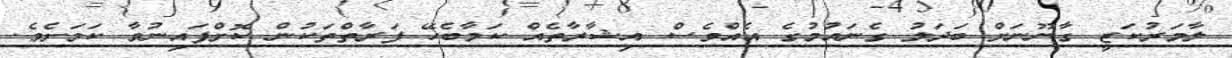
ލާމަރުކަޒީ ގާނޫނަށް ބަދަލު ގެނައުމުގެ އެއްވެސް އިޝާރާތެއް ކަމާބެހޭ ފަރާތްތަކުން ކޮށްފައިނުވާ ކަމަށެވެ.